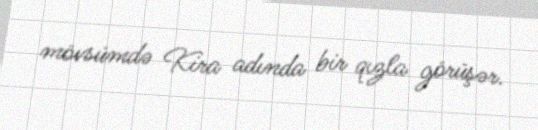
mövsümdə Kira adında bir qızla görüşər.